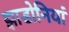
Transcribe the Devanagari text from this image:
झाडोनियां